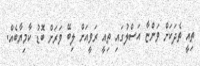
ތިއީ ތެދަކަށް ވަންޏާ އަސްލުގައި ތިއީ ރަވީއަށް ލިބޭ ވަރަށް ބޮޑު ކާމިޔާބެއް.